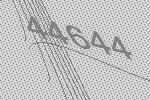
44644